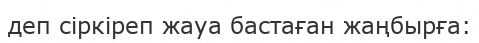
деп сiркiреп жауа бастаған жаңбырға: